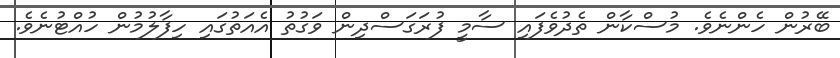
ބޭރުން ހެންނެވެ. މުސްކާން ތެދުވެފައި ސާމީ ފުރަގަސްދިން ވަގުތު އެއަތުގައި ހިފާލުމުން ހުއްޓުނެވެ.